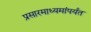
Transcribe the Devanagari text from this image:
प्रसारमाध्यमांपर्यंत